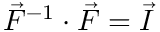
\vec { F } ^ { - 1 } \cdot \vec { F } = \vec { I }